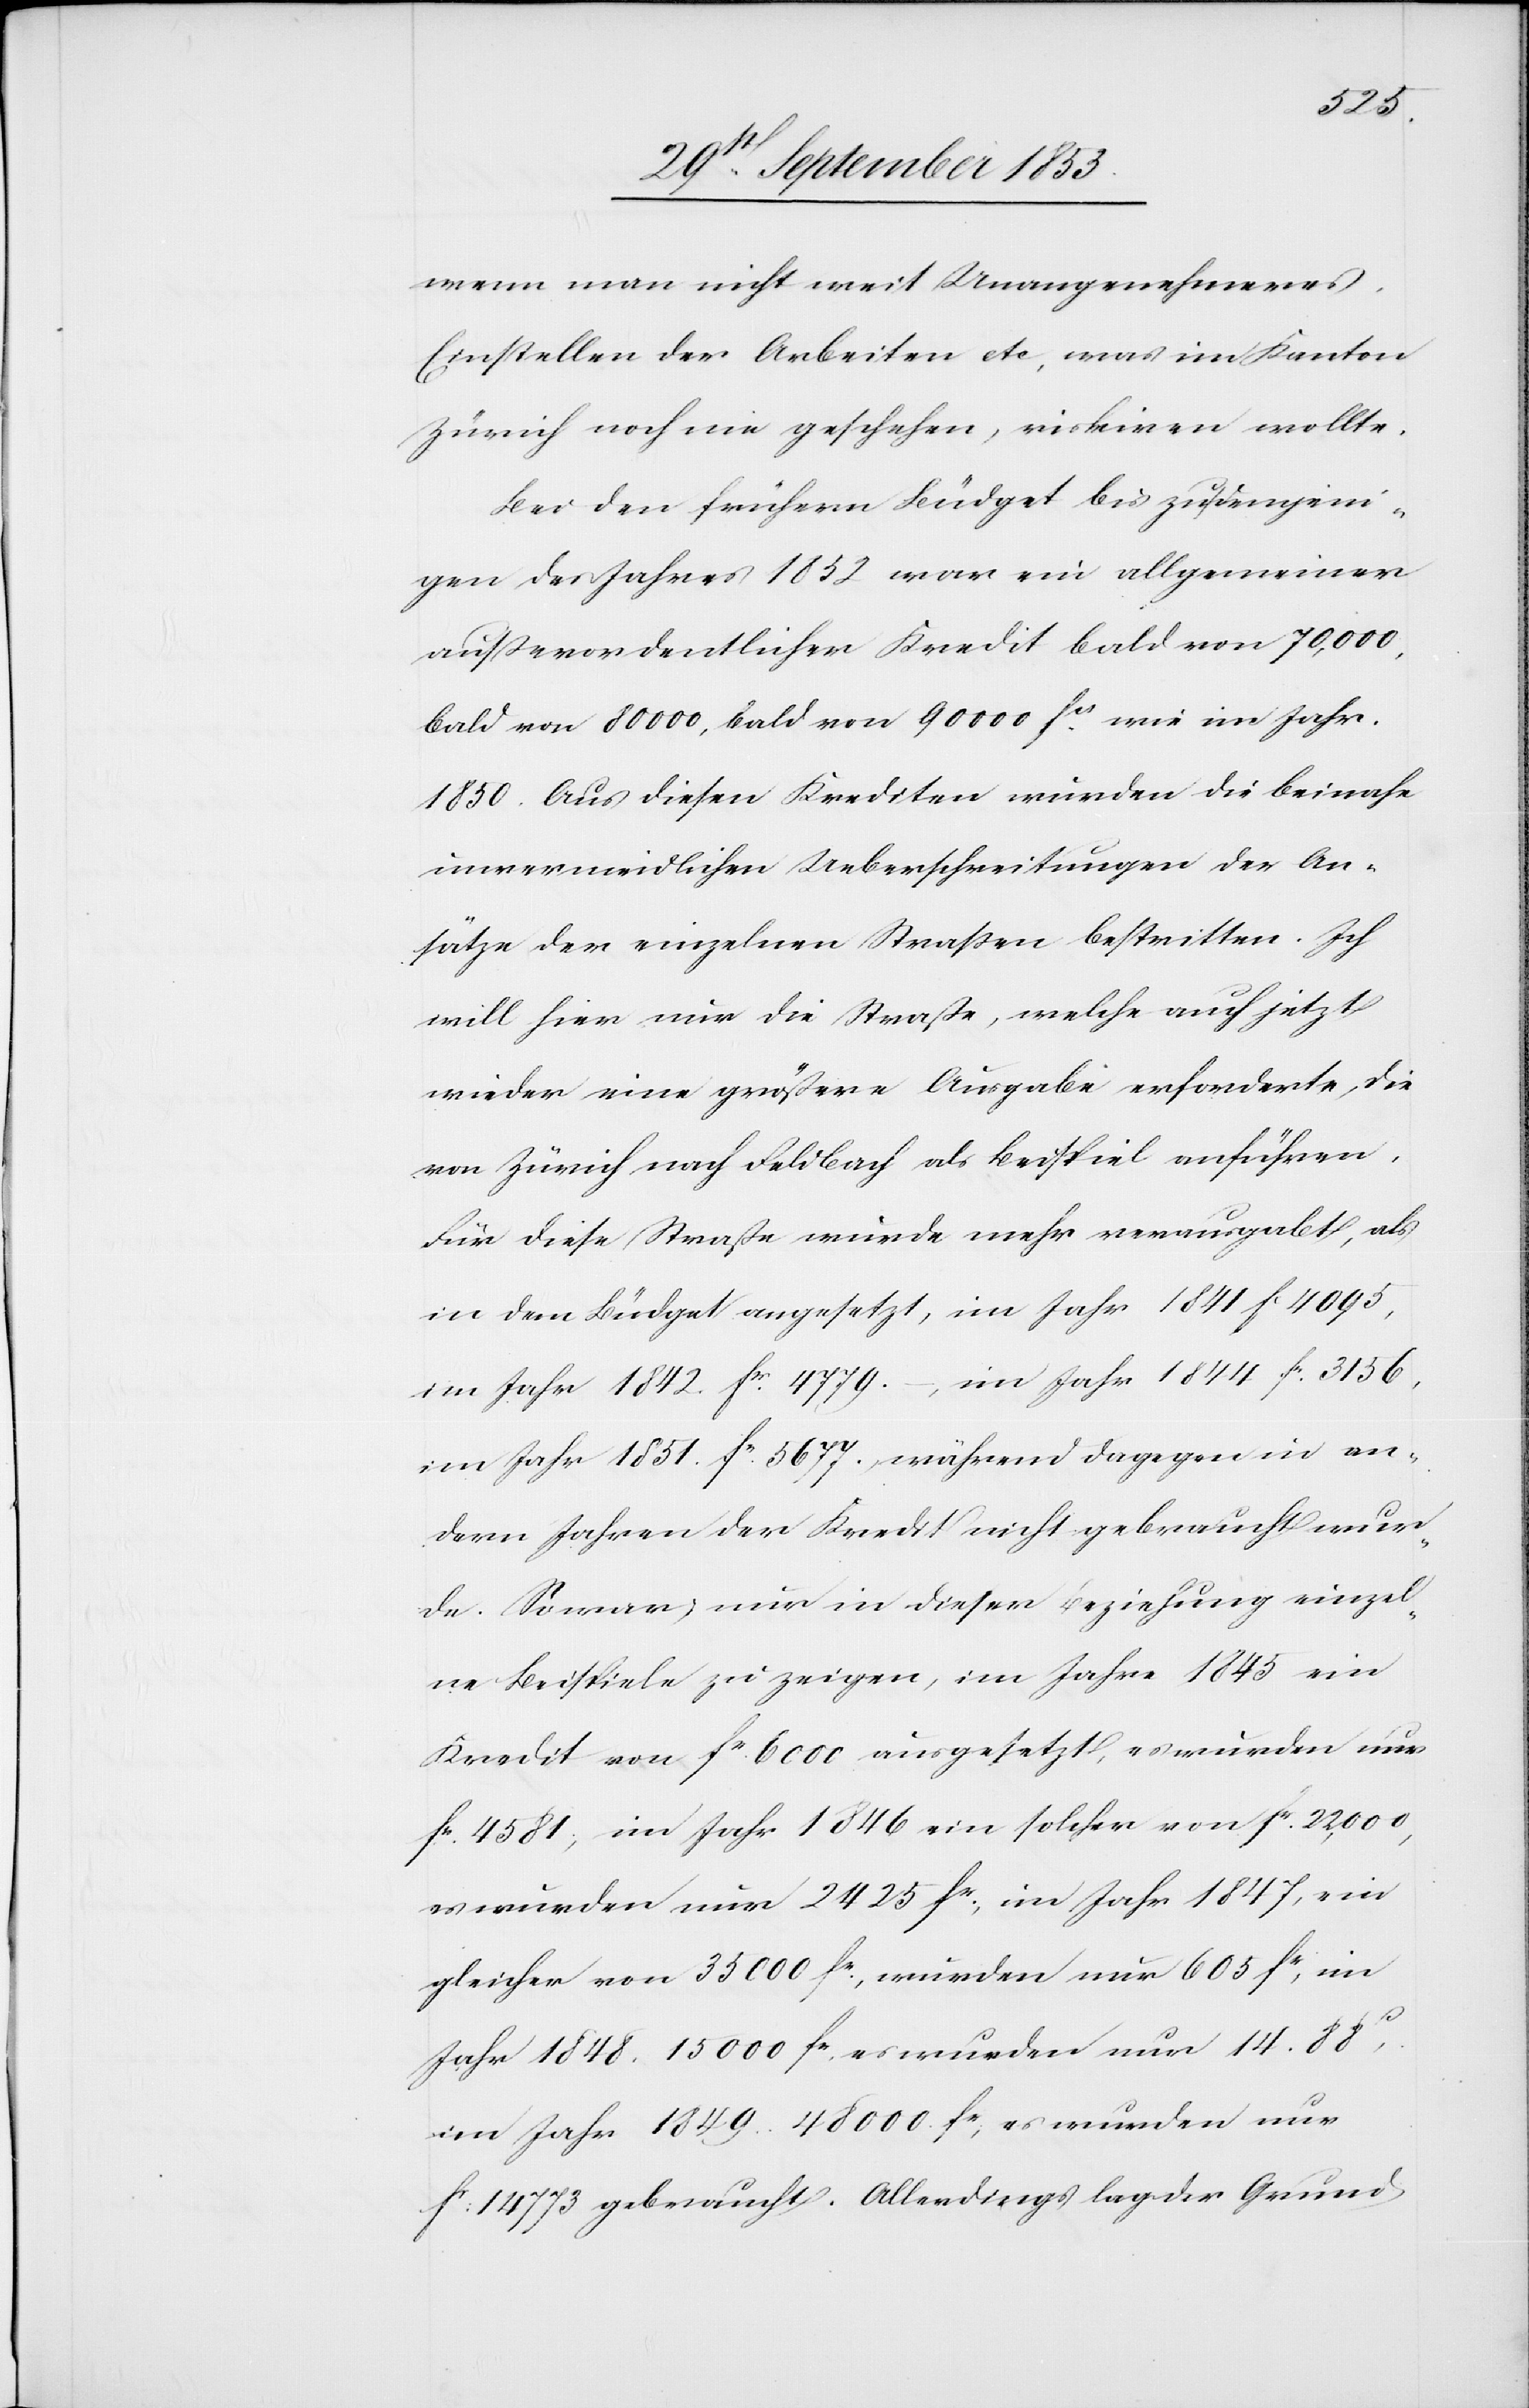
wenn man nicht mit Unangenehmeres,
Einstellen der Arbeit etc, was im Kanton
Zürich noch nie geschehen, riskiren wollte.
Bei den frühern Büdget bis zu denjeni¬
gen des Jahres 1852 war ein allgemeiner
außerordentlicher Kredit bald von 70,000,
bald von 80 000, bald von 90 000 fcs wie im Jahr
1850. Aus diesen Krediten wurden die beinahe
unvermeidlichen Ueberschreitungen der An¬
sätze der einzelnen Straßen bestritten. Ich
will hier nur die Straße, welche auch jetzt
wieder eine größere Ausgabe erforderte, die
von Zürich nach Feldbach als Beispiel anführen.
Für diese Straße wurde mehr verausgabt, als
in dem Büdget angesetzt, im Jahr 1841 fc 4095,
im Jahr 1842 fr. 4779.–, im Jahr 1844 fc 3156,
im Jahr 1851 fr 5677. während dagegen in an¬
dern Jahren der Kredit nicht gebraucht wur¬
de. So war, nur in dieser Beziehung einzel¬
ner Beispiele zu zeigen, im Jahre 1845 ein
Kredit von fr. 6000 ausgesetzt, es wurden nur
fr 4581, im Jahr 1846 ein solcher von fr. 22,000,
es wurden nur 2425 fr., im Jahr 1847, ein
gleicher von 35 000 fr., wurden nur 605 fr, im
Jahr 1848. 15 000 fr, es wurden nur 14. 88c,
im Jahr 1849. 48 000 fr. es wurden nur
fr. 14 773 gebraucht. Allerdings lag der Grund